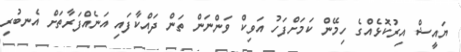
ޔައީޝް އިރުކޮޅެއްގެ ހިމޭން ކަމަށްފަހު އަވިކް ވަންނަން ތަން ދައްކާފައި އަނެއްފަރާތަށް އެނބުރި